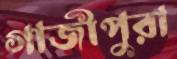
গাজীপুরা